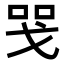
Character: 𢦸